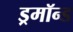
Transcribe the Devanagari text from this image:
ड्रमॉन्ड